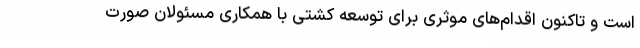
است و تاکنون اقدام‌های موثری برای توسعه کشتی با همکاری مسئولان صورت